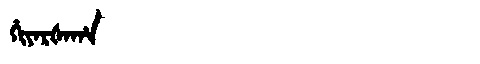
Manchu: ᡥᡳᠶᠠᡵᡧᠠᡥᠠ
Romanization: HIYARŠAHA